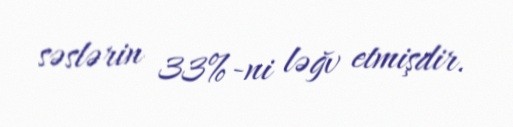
səslərin 33%-ni ləğv etmişdir.